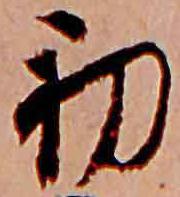
初